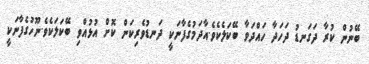
ބޭނުން ކުރާ ދަގަނޑު ދަހަދާ ހައްދަވާ ބޭކަލެކެވެ.އާދަމުގެފާނަކީ ދަނޑުވެރިކަން ކޮށް އުޅުއްވި ބޭކަލަކެވެ.ނޫހުގެފާނަކީ